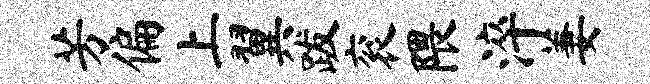
芳偏上翼跋衮隈淬萋